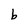
Character: b